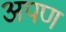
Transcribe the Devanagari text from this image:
अपण